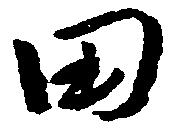
田